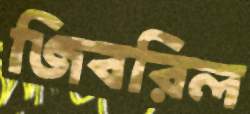
জিবরিল